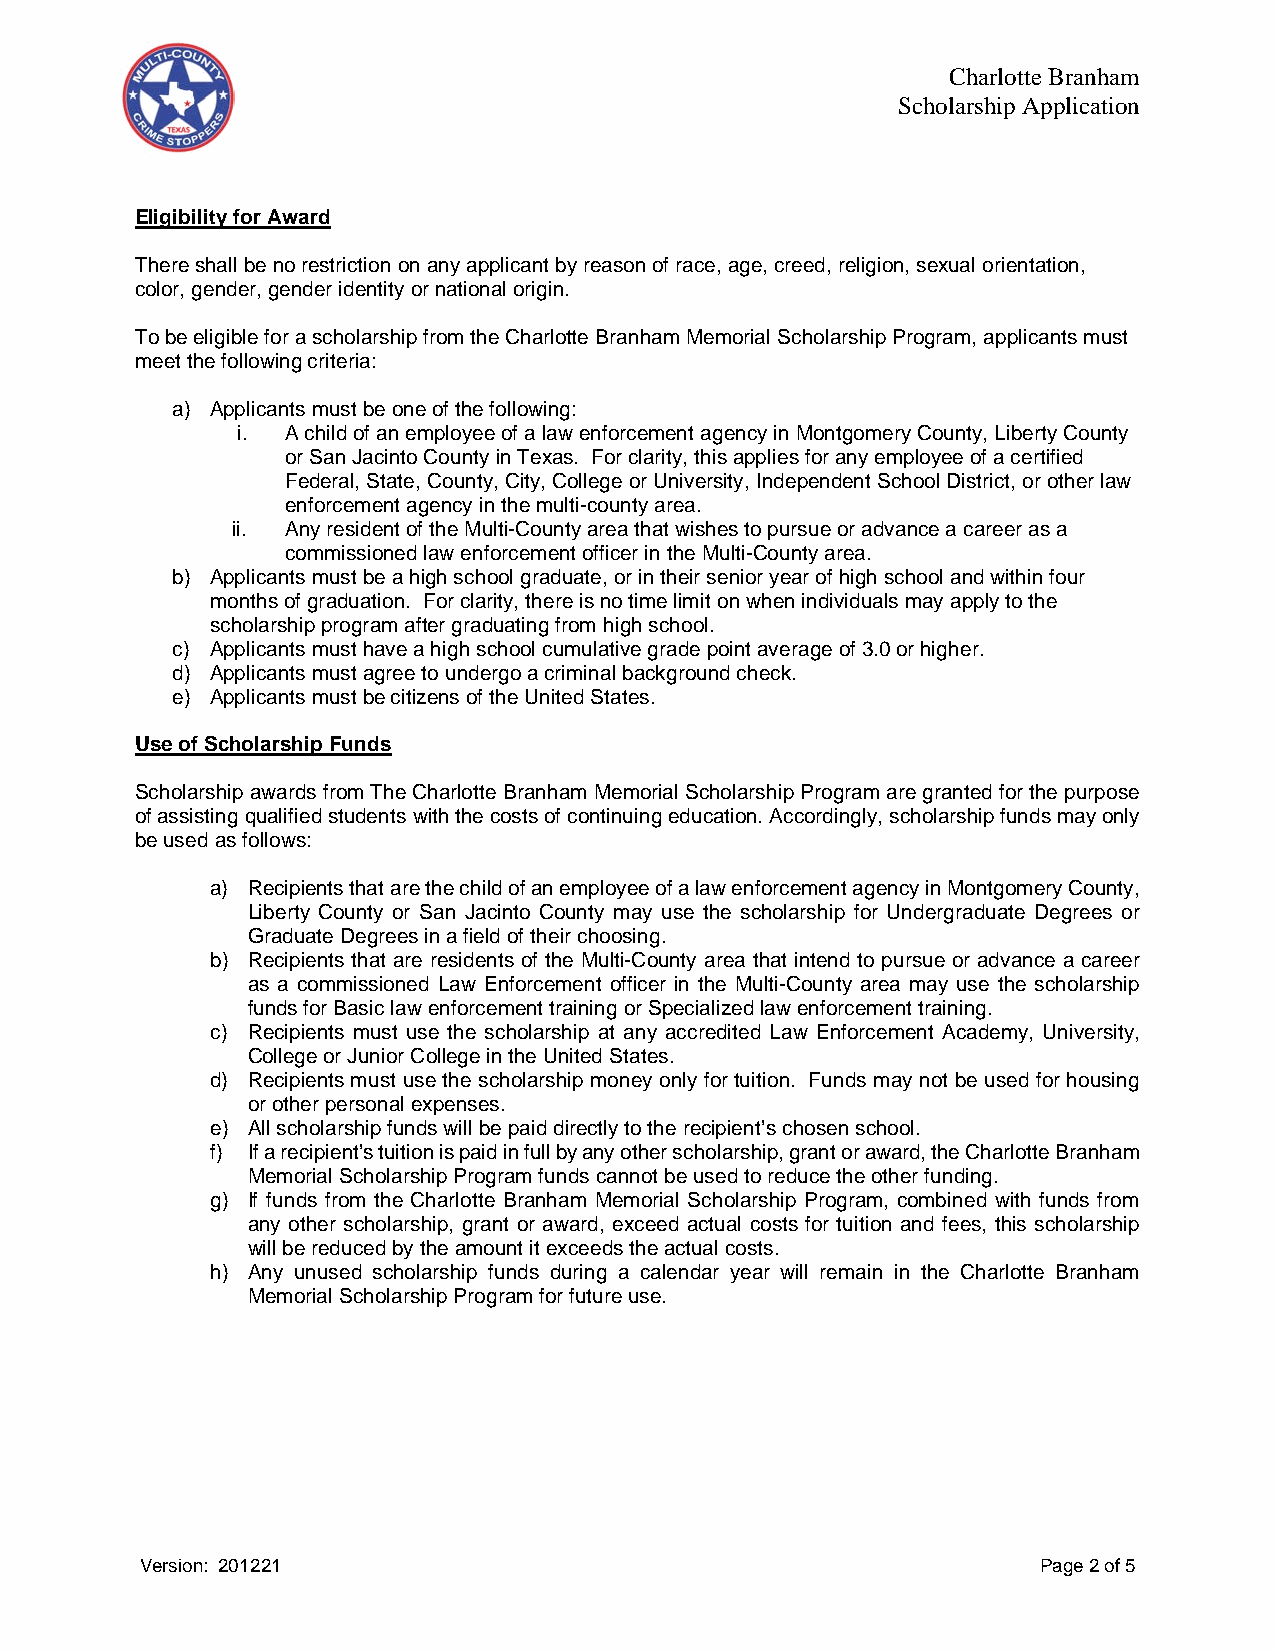
Charlotte Branham
 Scholarship Application
 Eligibility for Award
 There shall be no restriction on any applicant by reason of race, age, creed, religion, sexual orientation,
 color, gender, gender identity or national origin.
 To be eligible for a scholarship from the Charlotte Branham Memorial Scholarship Program, applicants must
 meet the following criteria:
 a) Applicants must be one of the following:
 i. A child of an employee of a law enforcement agency in Montgomery County, Liberty County
 or San Jacinto County in Texas. For clarity, this applies for any employee of a certified
 Federal, State, County, City, College or University, Independent School District, or other law
 enforcement agency in the multi-county area.
 ii. Any resident of the Multi-County area that wishes to pursue or advance a career as a
 commissioned law enforcement officer in the Multi-County area.
 b) Applicants must be a high school graduate, or in their senior year of high school and within four
 months of graduation. For clarity, there is no time limit on when individuals may apply to the
 scholarship program after graduating from high school.
 c) Applicants must have a high school cumulative grade point average of 3.0 or higher.
 d) Applicants must agree to undergo a criminal background check.
 e) Applicants must be citizens of the United States.
 Use of Scholarship Funds
 Scholarship awards from The Charlotte Branham Memorial Scholarship Program are granted for the purpose
 of assisting qualified students with the costs of continuing education. Accordingly, scholarship funds may only
 be used as follows:
 a) Recipients that are the child of an employee of a law enforcement agency in Montgomery County,
 Liberty County or San Jacinto County may use the scholarship for Undergraduate Degrees or
 Graduate Degrees in a field of their choosing.
 b) Recipients that are residents of the Multi-County area that intend to pursue or advance a career
 as a commissioned Law Enforcement officer in the Multi-County area may use the scholarship
 funds for Basic law enforcement training or Specialized law enforcement training.
 c) Recipients must use the scholarship at any accredited Law Enforcement Academy, University,
 College or Junior College in the United States.
 d) Recipients must use the scholarship money only for tuition. Funds may not be used for housing
 or other personal expenses.
 e) All scholarship funds will be paid directly to the recipient’s chosen school.
 f) If a recipient’s tuition is paid in full by any other scholarship, grant or award, the Charlotte Branham
 Memorial Scholarship Program funds cannot be used to reduce the other funding.
 g) If funds from the Charlotte Branham Memorial Scholarship Program, combined with funds from
 any other scholarship, grant or award, exceed actual costs for tuition and fees, this scholarship
 will be reduced by the amount it exceeds the actual costs.
 h) Any unused scholarship funds during a calendar year will remain in the Charlotte Branham
 Memorial Scholarship Program for future use.
 Version: 201221                                             Page 2 of 5